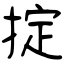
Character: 掟